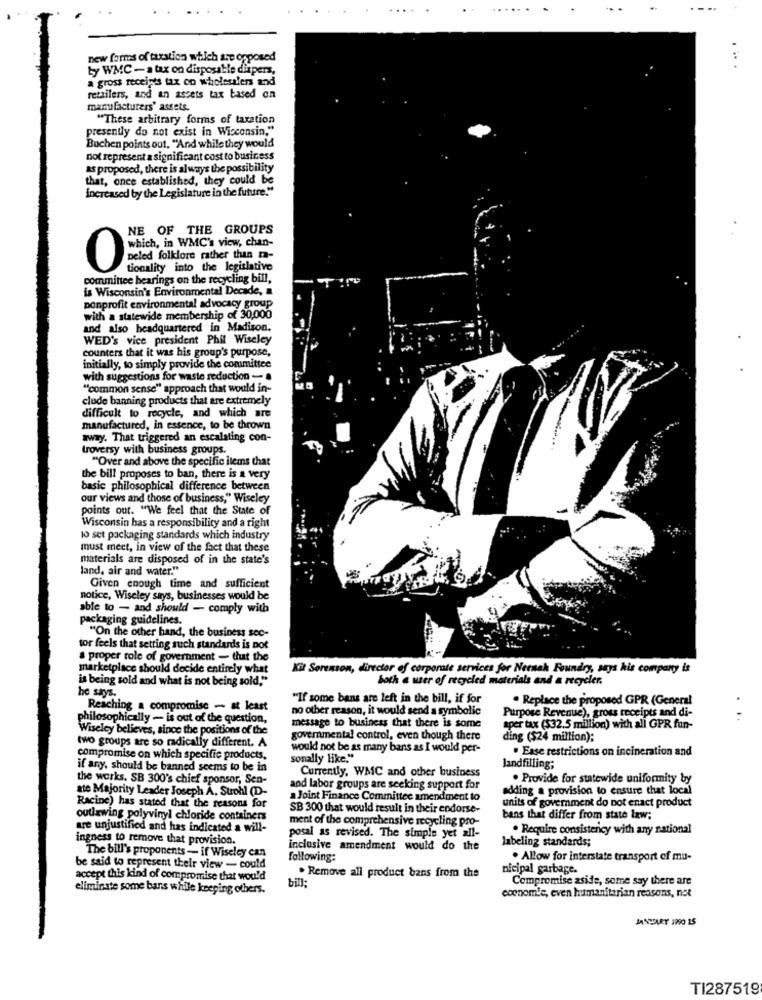
.
new forms of taxation which are opposed
Ly WMC - a tax on disposable diapers,
a gross receipts tax on wholesalers and
retailers, and an assets tax based on
manufacturers' assets.
"These arbitrary forms of taxation
presently do not exist in Wisconsin,"
Buchen points out, "And while they would
not represent a significant cost to business
as proposed, there is always the possibility
that, once established, they could be
increased by the Legislature in the future."
NE OF THE GROUPS
which, in WMC's view, chan-
i folklore rather than na-
tionality into the legislative
committee hearings on the recycling bill,
is Wisconsin's Environmental Decade, &
nonprofit environmental advocacy group
with a statewide membership of 30,000
and also headquartered in Madison.
WED's vice president Phil Wiseley
counters that it was his group's purpose,
initially, to simply provide the committee
with suggestions for waste reduction -
"common sense" approach that would in-
clude banning products that are extremely
difficult to recycle, and which are
manufactured, in essence, to be thrown
away. That triggered an escalating con-
troversy with business groups.
"Over and above the specific items that
the bill proposes to ban, there is a very
basic philosophical difference between
our views and those of business," Wiseley
points out. "We feel that the State of
Wisconsin has a responsibility and a right
10 set packaging standards which industry
must meet, in view of the fact that these
materials are disposed of in the state's
land. air and water."
Given enough time and sufficient
notice, Wiscley says, businesses would be
able to - and should - comply with
packaging guidelines.
"On the other hand, the business sec-
tor feels that setting such standards is pot
a proper role of government - that the
marketplace should decide entirely what
Kit Sorenson, director of corporate services for Nernah Foundry, says his company is
is being sold and what is not being sold,"
both a wer of recycled materials and a recycler.
he says.
"If some bans are left in the bill, if for
. Replace the proposed GPR (General
Reaching a compromise - at least
no other reason, it would send a symbolic
Purpose Revenue), gross receipts and di-
philosophically - is out of the question,
..
Wiseley believes, since the positions of the
message to business that there is some
aper tax ($32.5 million) with all GPR fun-
two groups are so radically different. A
governmental control, even though there
ding ($24 million);
would not be as many bans as I would per-
. Ease restrictions on incineration and
compromise on which specific products.
sonally like."
if any, should be banned seems to be in
Currently, WMC and other business
landfilling;
the works. SB 300's chief sponsor, Sen-
. Provide for statewide uniformity by
ate Majority Leader Joseph A. Strohl (D-
and labor groups are seeking support for
adding a provision to ensure that local
a Joint Finance Committee amendment to
units of government do not enact product
Racine) has stated that the reasons for
SB 300 that would result in their endorse-
outlawing polyvinyl chloride containers
ment of the comprehensive recycling pro-
bans that differ from state law;
are unjustified and has indicated a will-
. Require consistency with any national
ingness to remove that provision.
posal as revised. The simple yet all-
labeling standards;
inclusive amendment would do the
The bill's proponents - if Wiseley can
following:
. Allow for interstate transport of mu-
be said to represent their view - could
nicipal garbage.
accept this kind of compromise that would
bill:
. Remove all product bans from the
Compromise aside, some say there are
eliminate some bans while keeping others.
economic, even humanitarian reasons, not
JANUARY 199O 15
TI287519